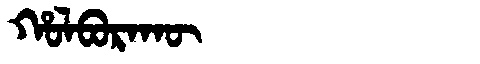
Manchu: ᡥᠣᠯᠪᠣᡵᠠᡴᡡ
Romanization: HOLBORAKŪ